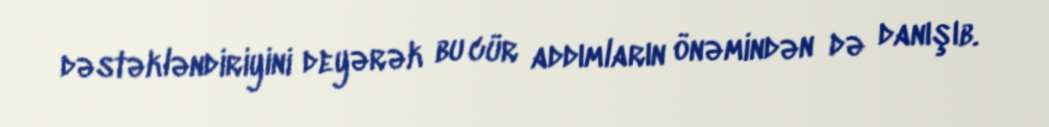
dəstəkləndiriyini deyərək bu cür addımların önəmindən də danışıb.